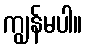
ကျွန်မပါ။